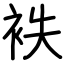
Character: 袟